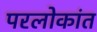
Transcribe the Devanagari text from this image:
परलोकांत